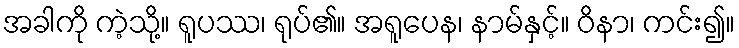
အခါကို ကဲ့သို့။ ရူပဿ၊ ရုပ်၏။ အရူပေန၊ နာမ်နှင့်။ ဝိနာ၊ ကင်း၍။